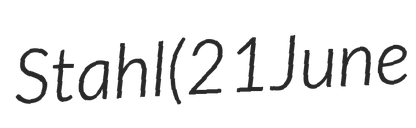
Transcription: Stahl (21 June